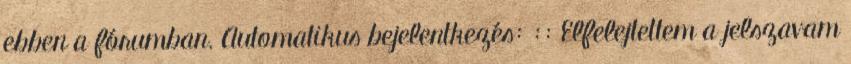
ebben a fórumban. Automatikus bejelentkezés: :: Elfelejtettem a jelszavam